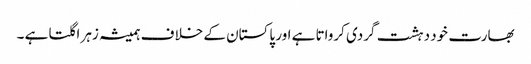
بھارت خود دہشت گردی کرواتا ہے اور پاکستان کے خلا ف ہمیشہ زہر اگلتا ہے ۔